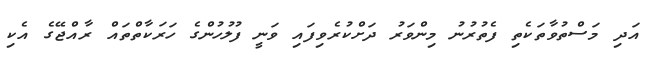
އަދި މަސްތުވާތަކެތި ފެތުރުނު މިންވަރު ދަށްކުރެވިފައި ވަނީ ފުލުހުންގެ ހަރަކާތްތައް ރާއްޖޭގެ އެކި